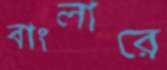
বাংলারে